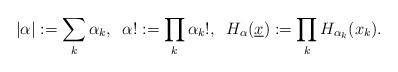
LaTeX: \begin{align*}|\alpha|:=\sum_k\alpha_k,\;\;\alpha!:=\prod_k \alpha_k!,\;\;H_\alpha(\underline{x}):=\prod_k H_{\alpha_k}(x_k).\end{align*}